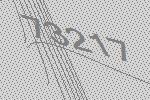
73217